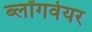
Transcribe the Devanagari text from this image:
ब्लॉगवेयर